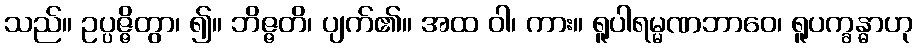
သည်။ ဥပ္ပဇ္ဇိတွာ၊ ၍။ ဘိဇ္ဇတိ၊ ပျက်၏။ အထ ဝါ၊ ကား။ ရူပါရမ္မဏဘာဝေ၊ ရူပက္ခန္ဓာဟု